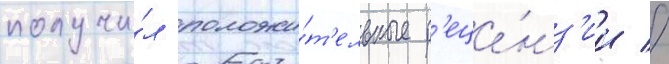
получи́л положи́т'ельные р'еце́нз'ии //